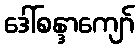
ဒေါ်စန္ဒာကျော်